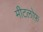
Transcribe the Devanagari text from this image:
मीटलोफ़